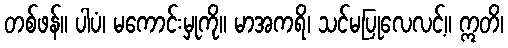
တစ်ဖန်။ ပါပံ၊ မကောင်းမှုကို။ မာအကရိ၊ သင်မပြုလေလင့်။ ဣတိ၊